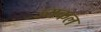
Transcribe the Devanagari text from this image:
ज्यकल